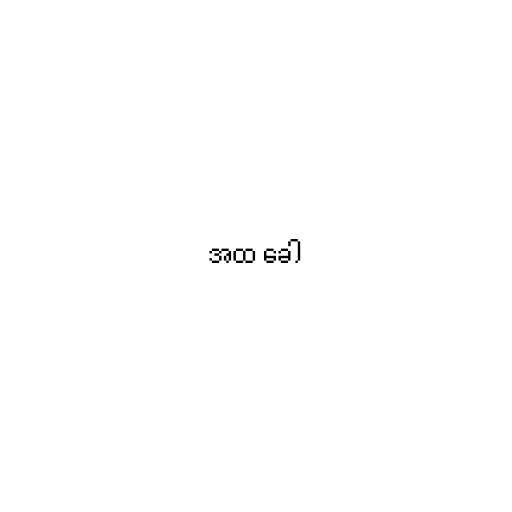
အထ ခေါ